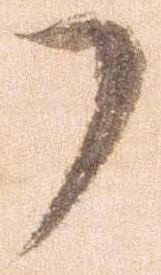
了